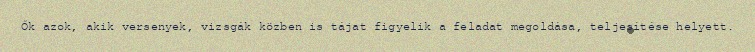
Ők azok, akik versenyek, vizsgák közben is tájat figyelik a feladat megoldása, teljesítése helyett.